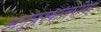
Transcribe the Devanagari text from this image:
अनुप्रस्थांतरीया